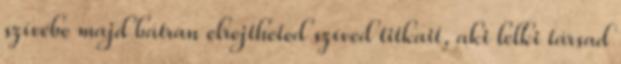
szívébe majd bátran elrejtheted szíved titkait, aki lelki társad